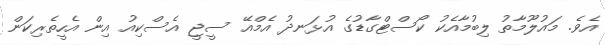
އެވެ. މައުލޫމާތު ލިބުމާއެކު ކޯސްޓްގާޑުގެ އުޅަނދު އެމްއޭ ސީޖީ އެސްކިއު އިން އެހީތެރިކަން